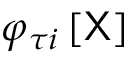
\varphi _ { \tau i } \left[ \mathsf { X } \right]